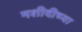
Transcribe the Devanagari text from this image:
मशीदीच्या